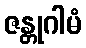
ဇန္တုဂါမံ